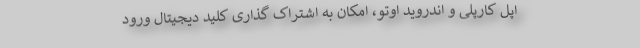
اپل کارپلی و اندروید اوتو، امکان به اشتراک گذاری کلید دیجیتال ورود